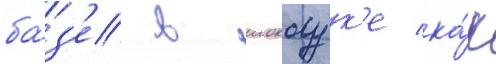
ба́з'е в иокосук'е ка́к